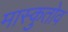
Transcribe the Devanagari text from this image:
मास्कुतोव